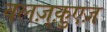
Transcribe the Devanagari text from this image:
वलज़्क़ुएज़